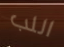
اللب